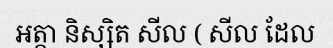
អត្តា និស្សិត សីល ( សីល ដែល